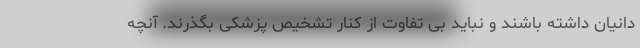
دانیان داشته باشند و نباید بی تفاوت از کنار تشخیص پزشکی بگذرند. آنچه